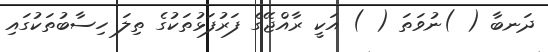
ދަނބާ ( )ނުވަތަ ( ) އަކީ ރާއްޖޭގެ ފަރުފަޅުތަކުގެ ތިލަ ހިސާބުތަކުގައި